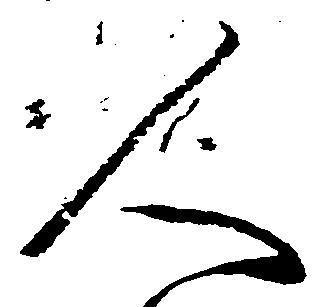
人